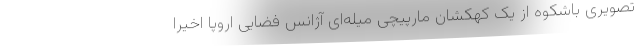
تصویری باشکوه از یک کهکشان مارپیچی میله‌ای آژانس فضایی اروپا اخیرا